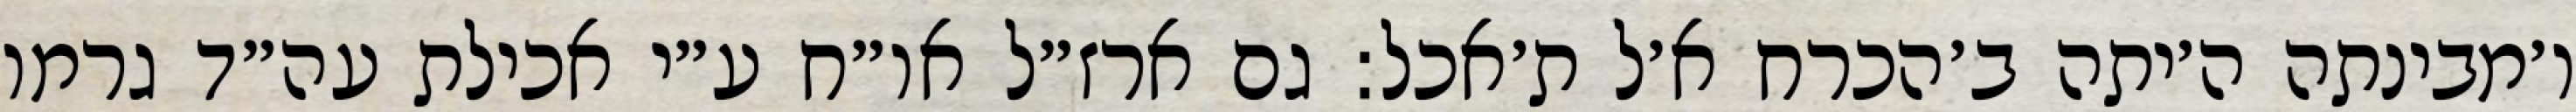
ו׳מבינתה ה׳יתה ב׳הכרח א׳ל ת׳אכל: גם ארז״ל או״ח ע״י אכילת עה״ד גרמו